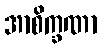
အာစိက္ခဏာ